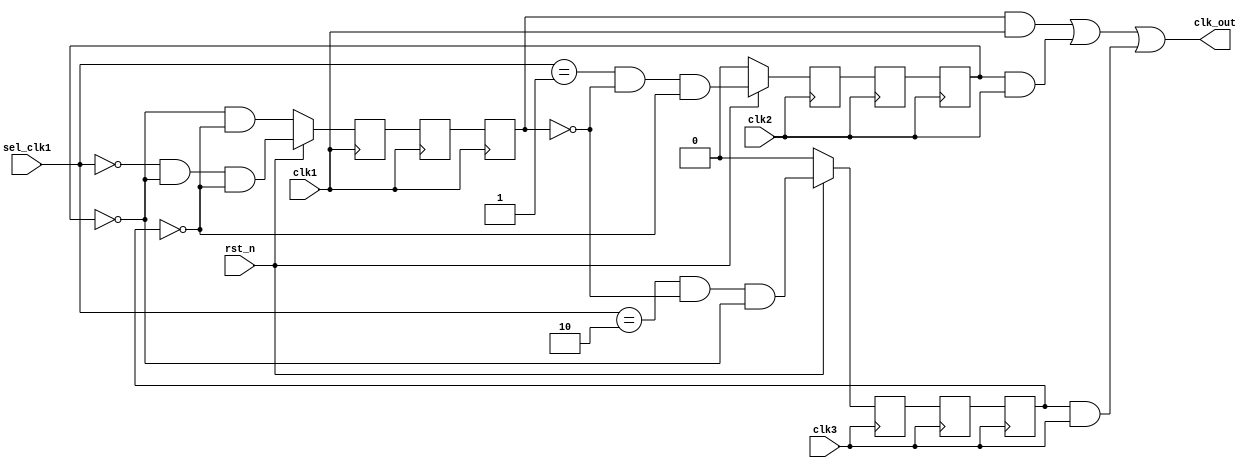
/*

To switch the clock between clk1,clk2,clk3.
For ease of testing, I put the generation of clk1, clk2 and clk3 into the testbench.

*/

module clock_switch(
    input [1:0] sel_clk1,         // selection signal, to select clk1 or clk2
    input rst_n,                  // reset signal , default for clk1
    input clk1,                   // first clock signal
    input clk2,                   // second clock signal
    input clk3,                   // third clock signal
    output reg clk_out            // selected clock signal
);
reg reg1,reg2,reg3,reg4,reg5,reg6,reg7,reg8,reg9;

always@(posedge clk1)begin
    if(!rst_n) begin
        // reset:sel_clk1 == 2'b00 
        reg1<=~reg6&~reg9;
    end
    else begin
    reg1<=(sel_clk1 == 2'b00)&~reg6&~reg9;
    end
    reg2<=reg1;
    reg3<=reg2;
end

always@(posedge clk2)begin
    if(!rst_n)begin
        reg4<=0;
    end
    else begin
    reg4<=(sel_clk1 == 2'b01)&~reg3&~reg9;
    end
    reg5<=reg4;
    reg6<=reg5;
end

always@(posedge clk3)begin
    if(!rst_n)begin
        reg7<=0;
    end else begin
    reg7<=(sel_clk1 == 2'b10) & ~reg3&~reg6;
    end
    reg8<=reg7;
    reg9<=reg8;
end

always@(*)begin
    clk_out=(reg3&clk1)|(reg6&clk2)|(reg9&clk3);
end

endmodule